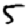
Digit: 5